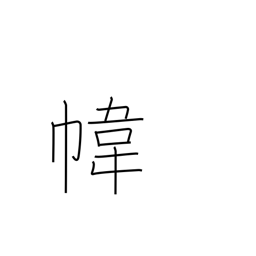
Meaning: bag